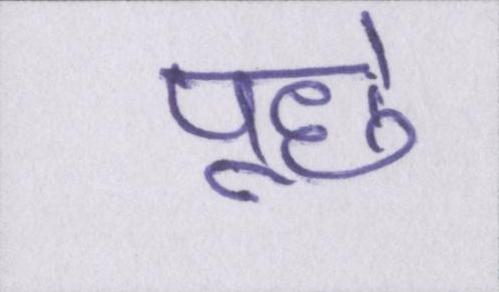
पूछे